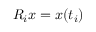
R _ { i } x = x ( t _ { i } )